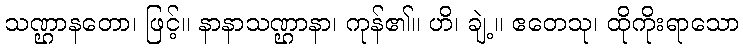
သဏ္ဌာနတော၊ ဖြင့်။ နာနာသဏ္ဌာနာ၊ ကုန်၏။ ဟိ၊ ချဲ့။ ဧတေသု၊ ထိုကိုးရာသော